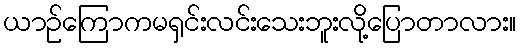
ယာဉ်ကြောကမရှင်းလင်းသေးဘူးလို့ပြောတာလား။